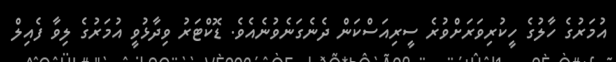
އުމަރުގެ ހާލުގެ ހީކުރިވަރަށްވުރެ ސީރިއަސްކަން ދެނެގަނެވުނެއެވެ. ޑޮކްޓަރު ވިދާޅުވީ އުމަރުގެ ލިވާ ފެއިލް